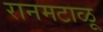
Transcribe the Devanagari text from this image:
रानमटाळू